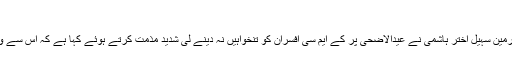
سہیل اختر ہاشمی
کراچی:(نیوزآن لائن)کراچی آفیسرز ویلفیئر ایسوسی ایشن کے چیئرمین سہیل اختر ہاشمی نے عیدالاضحی پر کے ایم سی افسران کو تنخواہیں نہ دینے لی شدید مذمت کرتے ہوئے کہا ہے کہ اس سے وزیر بلدیات کا تعصب اور حکومت سندھ کی بد نیتی ظاہر ہوگئی۔